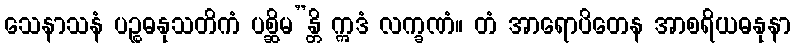
သေနာသနံ ပဉ္စဓနုသတိကံ ပစ္ဆိမ”န္တိ ဣဒံ လက္ခဏံ။ တံ အာရောပိတေန အာစရိယဓနုနာ